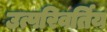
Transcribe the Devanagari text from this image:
उत्परिवर्तिय